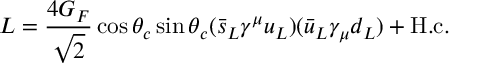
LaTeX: L = { \frac { 4 G _ { F } } { \sqrt 2 } } \cos \theta _ { c } \sin \theta _ { c } ( \bar { s } _ { L } \gamma ^ { \mu } u _ { L } ) ( \bar { u } _ { L } \gamma _ { \mu } d _ { L } ) + \mathrm { H . c . }